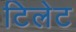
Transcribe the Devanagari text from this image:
टिलेट